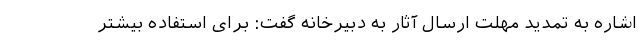
اشاره به تمدید مهلت ارسال آثار به دبیرخانه گفت: برای استفاده بیشتر